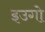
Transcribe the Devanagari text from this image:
इउगो